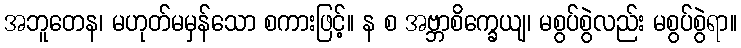
အဘူတေန၊ မဟုတ်မမှန်သော စကားဖြင့်။ န စ အဗ္ဘာစိက္ခေယျ၊ မစွပ်စွဲလည်း မစွပ်စွဲရာ။